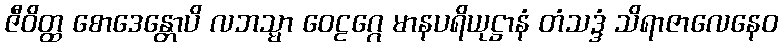
ဇီဝိတ္ထ စောဒေန္တောပိ လဘသ္မာ ဝေဠဂ္ဂေ မာနပရိယုဋ္ဌာနံ တံသဒ္ဒံ သိရာဇာလေနေဝ